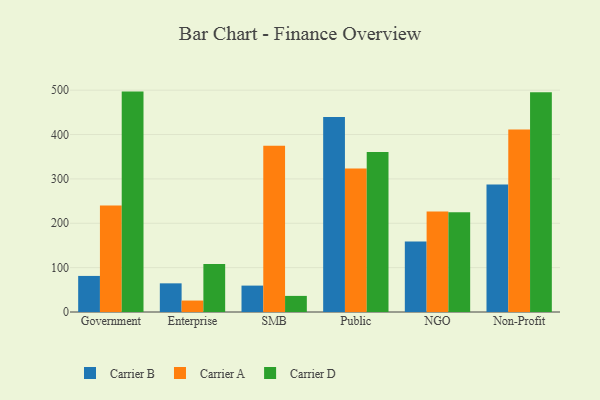
{"axis": {"x": "Segment", "y": "Inventory Turnover"}, "legend": ["Carrier A", "Carrier B", "Carrier D"], "data": [{"x": "Government", "y": 81.3, "type": "Carrier B"}, {"x": "Government", "y": 240.1, "type": "Carrier A"}, {"x": "Government", "y": 496.8, "type": "Carrier D"}, {"x": "Enterprise", "y": 64.6, "type": "Carrier B"}, {"x": "Enterprise", "y": 25.8, "type": "Carrier A"}, {"x": "Enterprise", "y": 108.0, "type": "Carrier D"}, {"x": "SMB", "y": 59.5, "type": "Carrier B"}, {"x": "SMB", "y": 375.0, "type": "Carrier A"}, {"x": "SMB", "y": 36.3, "type": "Carrier D"}, {"x": "Public", "y": 439.7, "type": "Carrier B"}, {"x": "Public", "y": 323.7, "type": "Carrier A"}, {"x": "Public", "y": 360.6, "type": "Carrier D"}, {"x": "NGO", "y": 158.7, "type": "Carrier B"}, {"x": "NGO", "y": 226.5, "type": "Carrier A"}, {"x": "NGO", "y": 224.6, "type": "Carrier D"}, {"x": "Non-Profit", "y": 287.4, "type": "Carrier B"}, {"x": "Non-Profit", "y": 411.1, "type": "Carrier A"}, {"x": "Non-Profit", "y": 495.3, "type": "Carrier D"}]}